Report of the Indian Hemp Drugs Commission, 1894-1895 - Volume V
Year: 1894
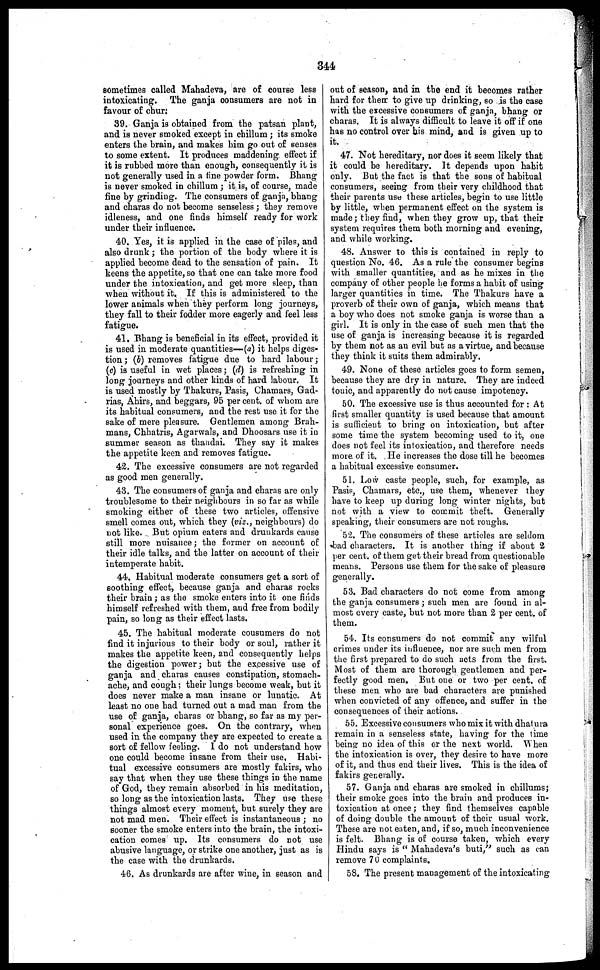
344
sometimes called Mahadeva, are of course less
intoxicating. The ganja consumers are not in
favour of chur:
39. Ganja is obtained from the patsan plant,
and is never smoked except in chillum ; its smoke
enters the brain, and makes him go out of senses
to some extent. It produces maddening effect if
it is rubbed more than enough, consequently it is
not generally used in a fine powder form. Bhang
is never smoked in chillum ; it is, of course, made
fine by grinding. The consumers of ganja, bhang
and charas do not become senseless ; they remove
idleness, and one finds himself ready for work
under their influence.
40. Yes, it is applied in the case of piles, and
also drunk ; the portion of the body where it is
applied become dead to the sensation of pain. It
keens the appetite, so that one can take more food
under the intoxication, and get more sleep, than
when without it. If this is administered to the
lower animals when they perform long journeys,
they fall to their fodder more eagerly and feel less
fatigue.
41. Bhang is beneficial in its effect, provided it
is used in moderate quantities—(a) it helps diges-
tion ; (b) removes fatigue due to hard labour ;
(c) is useful in wet places ; (d) is refreshing in
long journeys and other kinds of hard labour. It
is used mostly by Thakurs, Pasis, Chamars, Gad-
rias, Ahirs, and beggars, 95 per cent. of whom are
its habitual consumers, and the rest use it for the
sake of mere pleasure. Gentlemen among Brah-
mans, Chhatris, Agarwals, and Dhoosars use it in
summer season as thandai. They say it makes
the appetite keen and removes fatigue.
42. The excessive consumers are not regarded
as good men generally.
43. The consumers of ganja and charas are only
troublesome to their neighbours in so far as while
smoking either of these two articles, offensive
smell comes out, which they (viz., neighbours) do
not like. But opium eaters and drunkards cause
still more nuisance ; the former on account of
their idle talks, and the latter on account of their
intemperate habit.
44. Habitual moderate consumers get a sort of
soothing effect, because ganja and charas rocks
their brain ; as the smoke enters into it one finds
himself refreshed with them, and free from bodily
pain, so long as their effect lasts.
45. The habitual moderate consumers do not
find it injurious to their body or soul, rather it
makes the appetite keen, and consequently helps
the digestion power ; but the excessive use of
ganja and charas causes constipation, stomach-
ache, and cough ; their lungs become weak, but it
does never make a man insane or lunatic. At
least no one had turned out a mad man from the
use of ganja, charas or bhang, so far as my per-
sonal experience goes. On the contrary, when
used in the company they are expected to create a
sort of fellow feeling. I do not understand how
one could become insane from their use, Habi-
tual excessive consumers are mostly fakirs, who
say that when they use these things in the name
of God, they remain absorbed in his meditation,
so long as the intoxication lasts. They use these
things almost every moment, but surely they are
not mad men. Their effect is instantaneous ; no
sooner the smoke enters into the brain, the intoxi-
cation comes up. Its consumers do not use
abusive language, or strike one another, just as is
the case with the drunkards.
46. As drunkards are after wine, in season and
out of season, and in the end it becomes rather
hard for then: to give up drinking, so is the case
with the excessive consumers of ganja, bhang or
charas. It is always difficult to leave it off if one
has no control over his mind, and is given up to
it.
47. Not hereditary, nor does it seem likely that
it could be hereditary. It depends upon habit
only. But the fact is that the sons of habitual
consumers, seeing from their very childhood that
their parents use these articles, begin to use little
by little, when permanent effect on the system is
made ; they find, when they grow up, that their
system requires them both morning and evening,
and while working.
48. Answer to this is contained in reply to
question No. 46. As a rule the consumer begins
with smaller quantities, and as he mixes in the
company of other people he forms a habit of using
larger quantities in time. The Thakurs have a
proverb of their own of ganja, which means that
a boy who does not smoke ganja is worse than a
girl. It is only in the case of such men that the
use of ganja is increasing because it is regarded
by them not as an evil but as a virtue, and because
they think it suits them admirably.
49. None of these articles goes to form semen,
because they are dry in nature. They are indeed
tonic, and apparently do not cause impotency.
50. The excessive use is thus accounted for : At
first smaller quantity is used because that amount
is sufficient to bring on intoxication, but after
some time the system becoming used to it, one
does not feel its intoxication, and therefore needs
more of it. He increases the dose till he becomes
a habitual excessive consumer.
51. Low caste people, such, for example, as
Pasis, Chamars, etc., use them, whenever they
have to keep up during long winter nights, but
not with a view to commit theft. Generally
speaking, their consumers are not roughs.
52. The consumers of these articles are seldom
bad characters. It is another thing if about 2
per cent. of them get their bread from questionable
means. Persons use them for the sake of pleasure
generally.
53. Bad characters do not come from among
the ganja consumers ; such men are found in al-
most every caste, but not more than 2 per cent. of
them.
54. Its consumers do not commit any wilful
crimes under its influence, nor are such men from
the first prepared to do such acts from the first.
Most of them are thorough gentlemen and per-
fectly good men. But one or two per cent. of
these men who are bad characters are punished
when convicted of any offence, and suffer in the
consequences of their actions.
55. Excessive consumers who mix it with dhatura
remain in a senseless state, having for the time
being no idea of this or the next world. When
the intoxication is over, they desire to have more
of it, and thus end their lives. This is the idea of
fakirs generally.
57. Ganja and charas are smoked in chillums;
their smoke goes into the brain and produces in-
toxication at once ; they find themselves capable
of doing double the amount of their usual work.
These are not eaten, and, if so, much inconvenience
is felt. Bhang is of course taken, which every
Hindu days is "Mahadeva's buti," such as can
remove 70 complaints.
58. The present management of the intoxicating